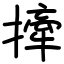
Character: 撁